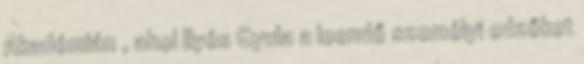
Akadémián , ahol Ilyés Gyula a leendő személyi edzőket